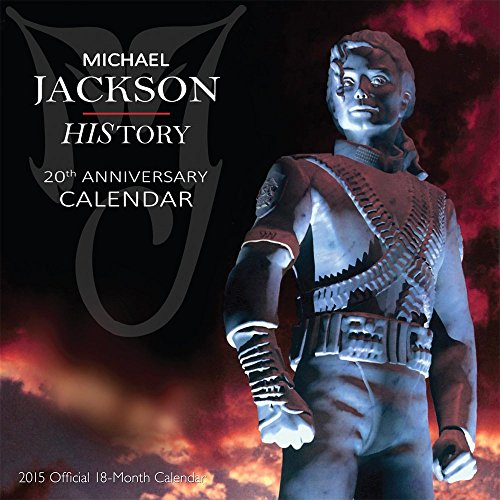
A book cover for Michael Jackson 2015 Square 12x12 Bravado; BrownTrout; Calendars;